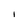
Character: l